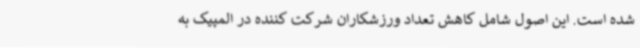
شده است. این اصول شامل کاهش تعداد ورزشکاران شرکت کننده در المپیک به